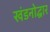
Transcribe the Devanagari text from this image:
खंडनोद्धार